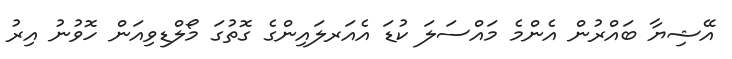
އޭޝިޔާ ބައްރުން އެންމެ މައްސަލަ ކުޑަ އެއަރލައިންގެ ގޮތުގަ މޯލްޑިވިއަން ހޮވުނު އިރު